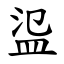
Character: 䀀